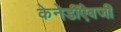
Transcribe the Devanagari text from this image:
केनेडींऐवजी